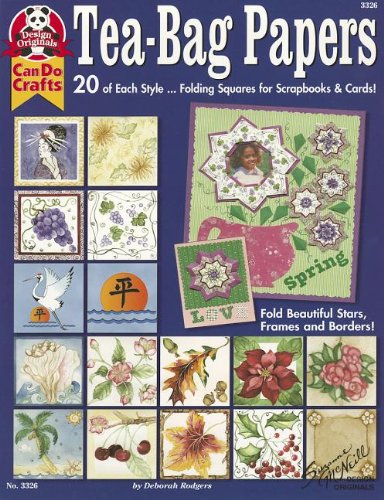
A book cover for Tea-Bag Papers: 20 of Each Stylefold Beautiful Stars, Frames And Borders; Deborah Rodgers; Crafts, Hobbies & Home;